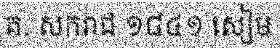
គ. សករាជ ១៨៤១ សៀម